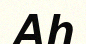
Аһ